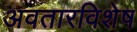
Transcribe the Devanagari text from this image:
अवतारविशेष